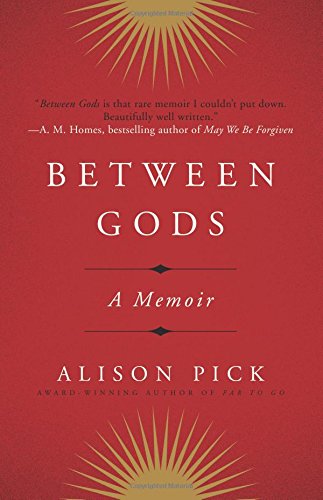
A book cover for Between Gods: A Memoir; Alison Pick; Religion & Spirituality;